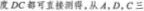
度 DC 都可直接测得。从 A，D，C 三